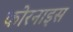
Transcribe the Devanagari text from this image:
कोरनाइस